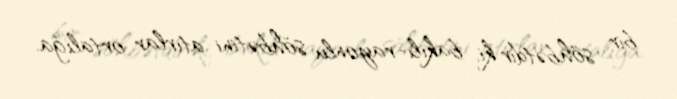
bir söhbətdir ki, bakılı-rayonlu söhbətini atırlar ortalığa.